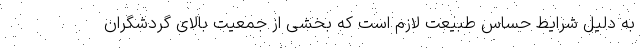
به دلیل شرایط حساس طبیعت لازم است که بخشی از جمعیت بالای گردشگران